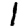
Digit: 1